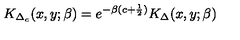
K _ { \Delta _ { c } } ( x , y ; \beta ) = e ^ { - \beta ( c + { \frac { 1 } { 2 } } ) } K _ { \Delta } ( x , y ; \beta )